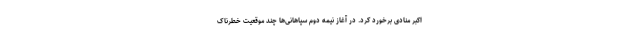
اکبر منادی برخورد کرد. در آغاز نیمه دوم سپاهانی‌ها چند موقعیت خطرناک